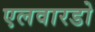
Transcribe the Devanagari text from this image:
एलवारडो